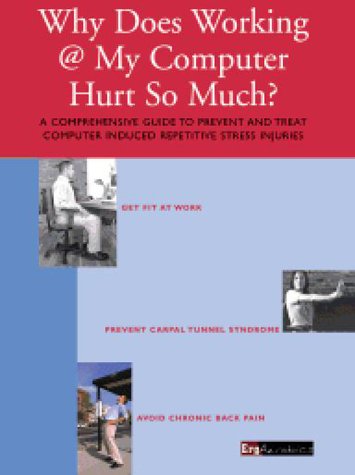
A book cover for ErgAerobics: Why does working @ my computer hurt so much?; Perry Bonomo; Health, Fitness & Dieting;